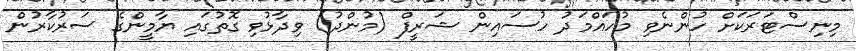
މިނިސްޓަރަކަށް ހުންނެވި މުހައްމަދު ހުސައިން ޝަރީފް (މުންދު) ވިދާޅުވި ގޮތުގައި ޔާމީންގެ ސަރުކާރުން